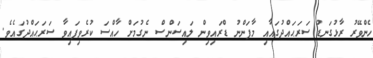
ހެންވޭރު ރާޅުގަނޑު ސަރަޙައްދުގައާއި މާފަންނު ޑްރައިވިން ލައިސަންސް ނެގުމަށް ހާއްސަ ކުރެވިފައިވާ ސަރަޙައްދުގައެވެ.